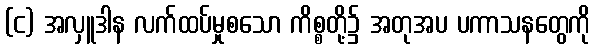
(င) အလှူဒါန လက်ထပ်မှုစသော ကိစ္စတို့၌ အတုအပ ပကာသနတွေကို